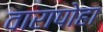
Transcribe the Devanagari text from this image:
वारापोहा